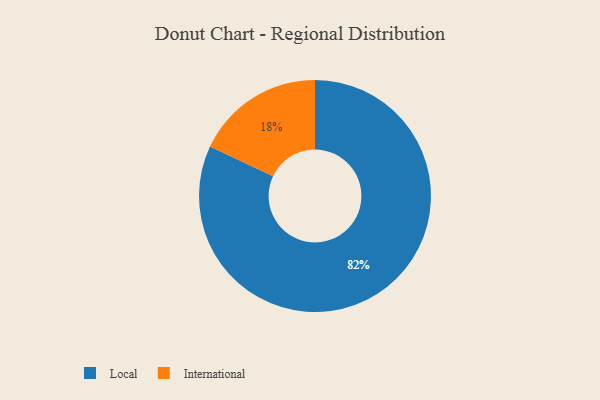
{"axis": {"x": "Category", "y": "Percentage"}, "legend": ["International", "Local"], "data": [{"x": "International", "y": 18, "type": "International"}, {"x": "Local", "y": 82, "type": "Local"}]}